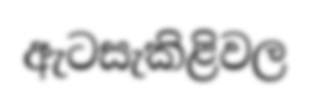
ඇටසැකිළිවල